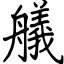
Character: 艤